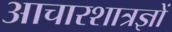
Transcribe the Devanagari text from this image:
आचारशात्रज्ञों